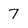
Character: 7